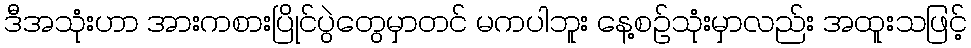
ဒီအသုံးဟာ အားကစားပြိုင်ပွဲတွေမှာတင် မကပါဘူး နေ့စဉ်သုံးမှာလည်း အထူးသဖြင့်